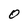
Character: O